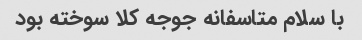
با سلام متاسفانه جوجه کلا سوخته بود